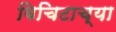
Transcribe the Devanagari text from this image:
विचिटाच्या